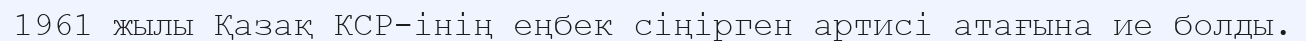
1961 жылы Қазақ КСР-інің еңбек сіңірген артисі атағына ие болды.